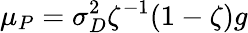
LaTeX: \mu_{P}=\sigma_{D}^{2}\zeta^{-1}(1-\zeta)g